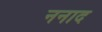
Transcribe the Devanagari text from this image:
ननाद